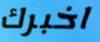
اخبرك